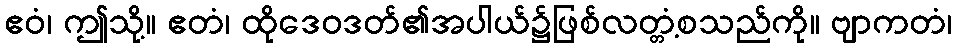
ဧဝံ၊ ဤသို့။ ဧတံ၊ ထိုဒေဝဒတ်၏အပါယ်၌ဖြစ်လတ္တံ့စသည်ကို။ ဗျာကတံ၊